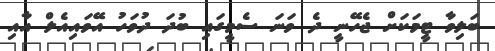
ބަލިވާ ޓީމަކަށް ޖެހޭނީ ދެ ވަނަ ސެމީގައި ބުދަ ދުވަހު އޭވައިއެލް އާއި